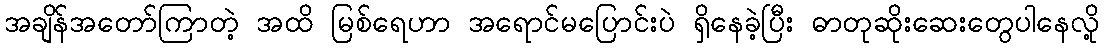
အချိန်အတော်ကြာတဲ့ အထိ မြစ်ရေဟာ အရောင်မပြောင်းပဲ ရှိနေခဲ့ပြီး ဓာတုဆိုးဆေးတွေပါနေလို့